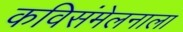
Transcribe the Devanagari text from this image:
कविसंमेलनाला